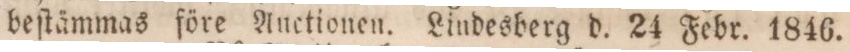
beſtämmas före Auctionen. Lindesberg d. 24 Febr. 1846.